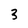
Character: 3